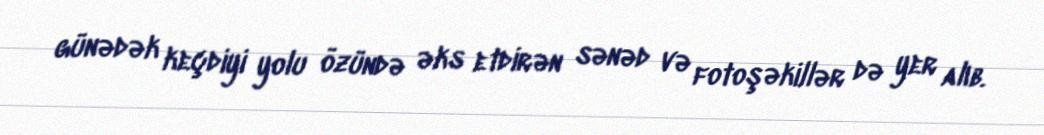
günədək keçdiyi yolu özündə əks etdirən sənəd və fotoşəkillər də yer alıb.